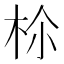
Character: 𣐐